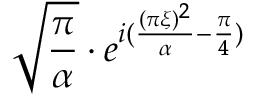
{ \sqrt { \frac { \pi } { \alpha } } } \cdot e ^ { i ( { \frac { ( \pi \xi ) ^ { 2 } } { \alpha } } - { \frac { \pi } { 4 } } ) }